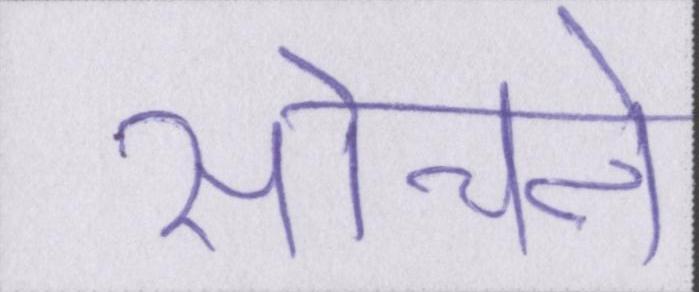
सोचने